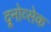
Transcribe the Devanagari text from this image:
द्र्नोव्सेक